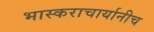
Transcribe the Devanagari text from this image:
भास्कराचार्यानीच